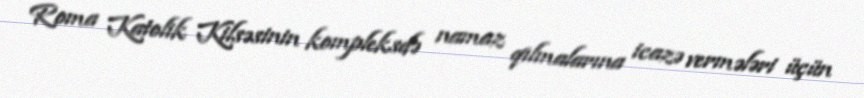
Roma Katolik Kilsəsinin kompleksdə namaz qılmalarına icazə vermələri üçün